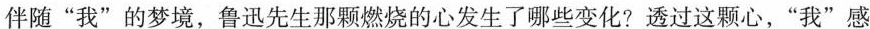
伴随“我”的梦境，鲁迅先生那颗燃烧的心发生了哪些变化?透过这颗心，“我”感